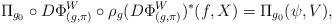
LaTeX: \begin{align*} \Pi_{g_0} \circ D\Phi^W_{(g,\pi)} \circ \rho_g (D\Phi^W_{(g,\pi)})^* (f, X) = \Pi_{g_0}(\psi, V),\end{align*}